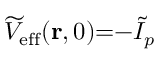
\widetilde { V } _ { \mathrm { e f f } } ( \mathbf { r } , 0 ) { = } { - } \widetilde { I } _ { p }